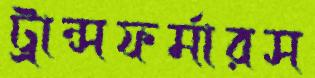
ট্রান্সফর্মারস